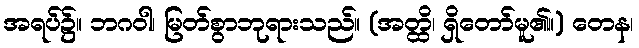
အရပ်၌။ ဘဂဝါ၊ မြတ်စွာဘုရားသည်။ (အတ္ထိ၊ ရှိတော်မူ၏။) တေန၊